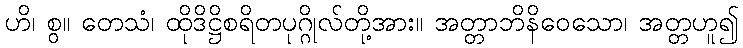
ဟိ၊ စွ။ တေသံ၊ ထိုဒိဋ္ဌိစရိတပုဂ္ဂိုလ်တို့အား။ အတ္တာဘိနိဝေသော၊ အတ္တဟူ၍